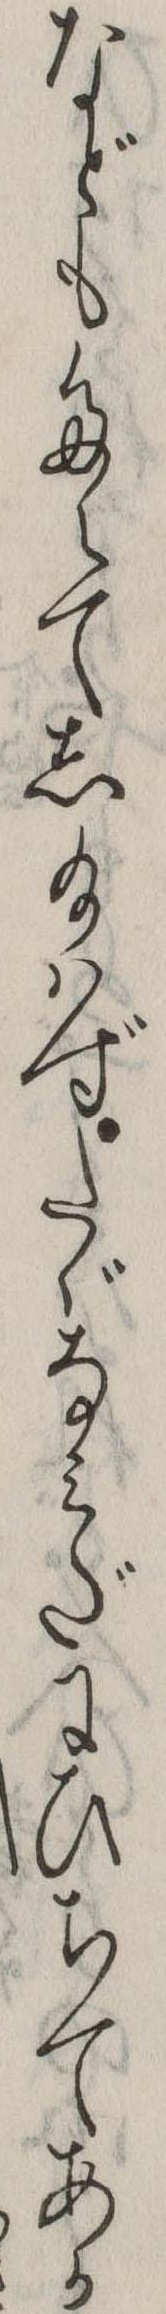
などもたえてし給はずたゞなみだにひちてあか